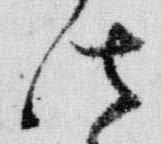
法